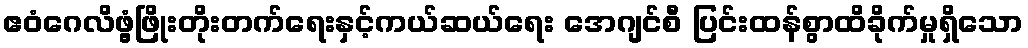
ဧဝံဂေလိဖွံ့ဖြိုးတိုးတက်ရေးနှင့်ကယ်ဆယ်ရေး အေဂျင်စီ ပြင်းထန်စွာထိခိုက်မှုရှိသော